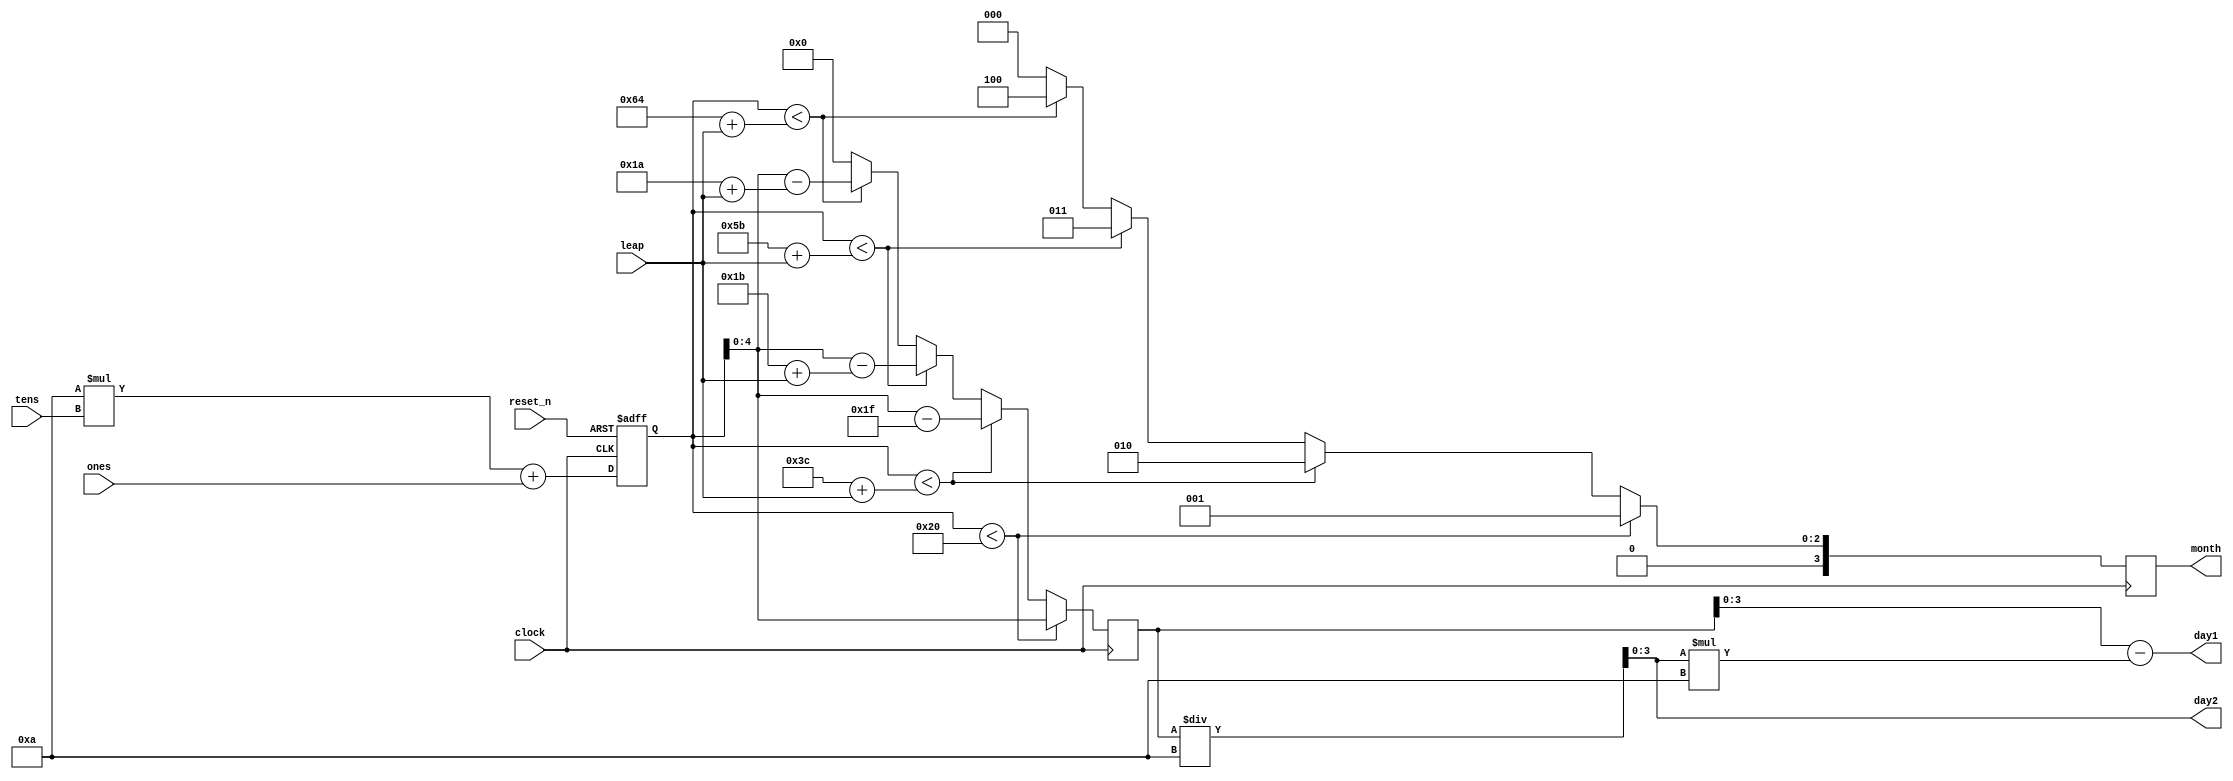
module translate(
    input clock,
    input reset_n,
    input [3:0] ones,
    input [3:0] tens,
	 input leap,
    output reg [3:0] month,
    output wire [3:0] day1,
    output wire [3:0] day2
);

reg [6:0] value;
reg [4:0] day;

always @(posedge clock or negedge reset_n)
begin
    if (reset_n == 0)
        value <= 1;
    else
        value <= (10*tens) + ({3'b0,ones});
end

always @(posedge clock)
begin
    if (value < 32)
    begin
        month = 1;
        day = value;
    end
    else if (value < (60 + leap))
    begin
        month = 2;
        day = (value - 31);
    end
    else if (value < (91 + leap))
    begin
        month = 3;
        day = (value - (59 + leap));
    end
    else if (value < (100 + leap))
    begin
        month = 4;
        day = (value - (90 + leap));
    end
    else
    begin
        month = 0;
        day = 0;
        end
end

assign day2 = (day / 10);
assign day1 = (day - (day2*10));

endmodule